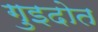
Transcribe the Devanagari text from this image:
गुइदोत